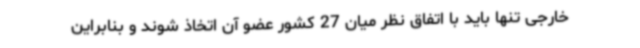
خارجی تنها باید با اتفاق نظر میان 27 کشور عضو آن اتخاذ شوند و بنابراین